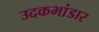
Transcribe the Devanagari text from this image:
उदकभांडार